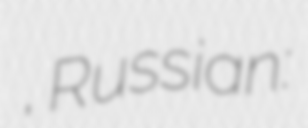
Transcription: Мөхәмәтғәбделхәй Ҡорбанғәлиев, Russian: